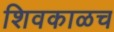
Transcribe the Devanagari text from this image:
शिवकाळच